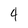
Character: 4